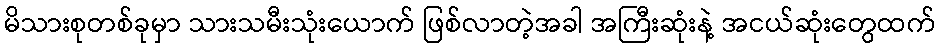
မိသားစုတစ်ခုမှာ သားသမီးသုံးယောက် ဖြစ်လာတဲ့အခါ အကြီးဆုံးနဲ့ အငယ်ဆုံးတွေထက်